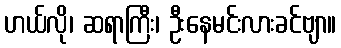
ဟယ်လို၊ ဆရာကြီး၊ ဦးနေမင်းလားခင်ဗျာ။